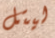
ليتل